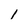
Character: l